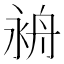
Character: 𦨤